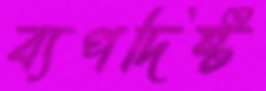
ব্যপদিষ্ট